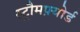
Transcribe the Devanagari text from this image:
स्ट्रौमफ़्योर्ड